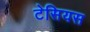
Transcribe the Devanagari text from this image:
टेसियस